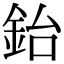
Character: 鈶